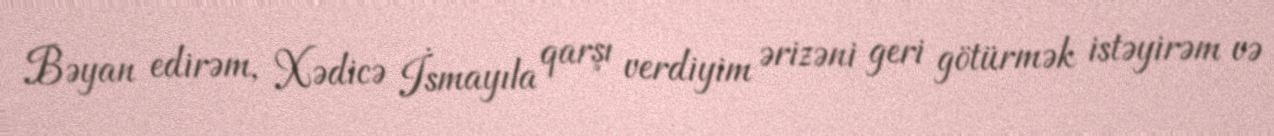
Bəyan edirəm, Xədicə İsmayıla qarşı verdiyim ərizəni geri götürmək istəyirəm və